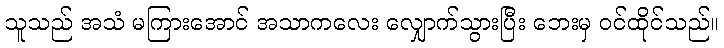
သူသည် အသံ မကြားအောင် အသာကလေး လျှောက်သွားပြီး ဘေးမှ ဝင်ထိုင်သည်။